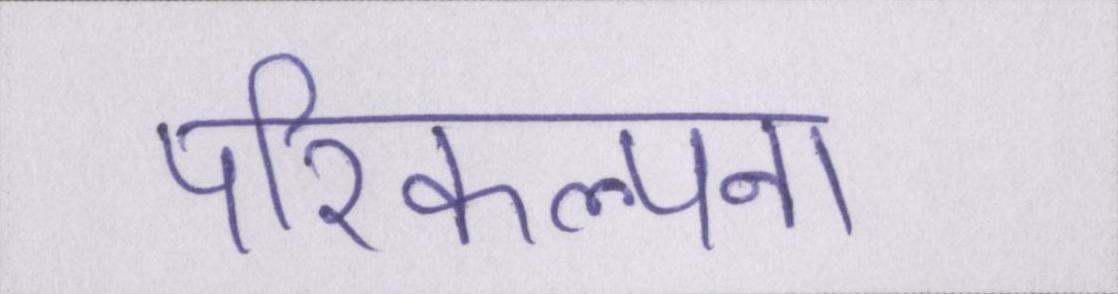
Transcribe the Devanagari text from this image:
परिकल्पना